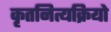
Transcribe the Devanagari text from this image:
कृतनित्यक्रियो